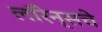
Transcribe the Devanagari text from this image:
लॉरेन्सचे